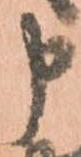
申